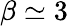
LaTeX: \beta\simeq 3